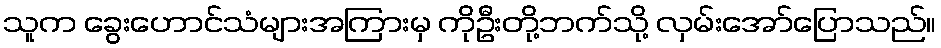
သူက ခွေးဟောင်သံများအကြားမှ ကိုဦးတို့ဘက်သို့ လှမ်းအော်ပြောသည်။